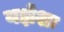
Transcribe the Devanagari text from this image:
यज्ञेशः